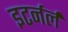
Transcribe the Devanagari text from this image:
इटर्नर्ल